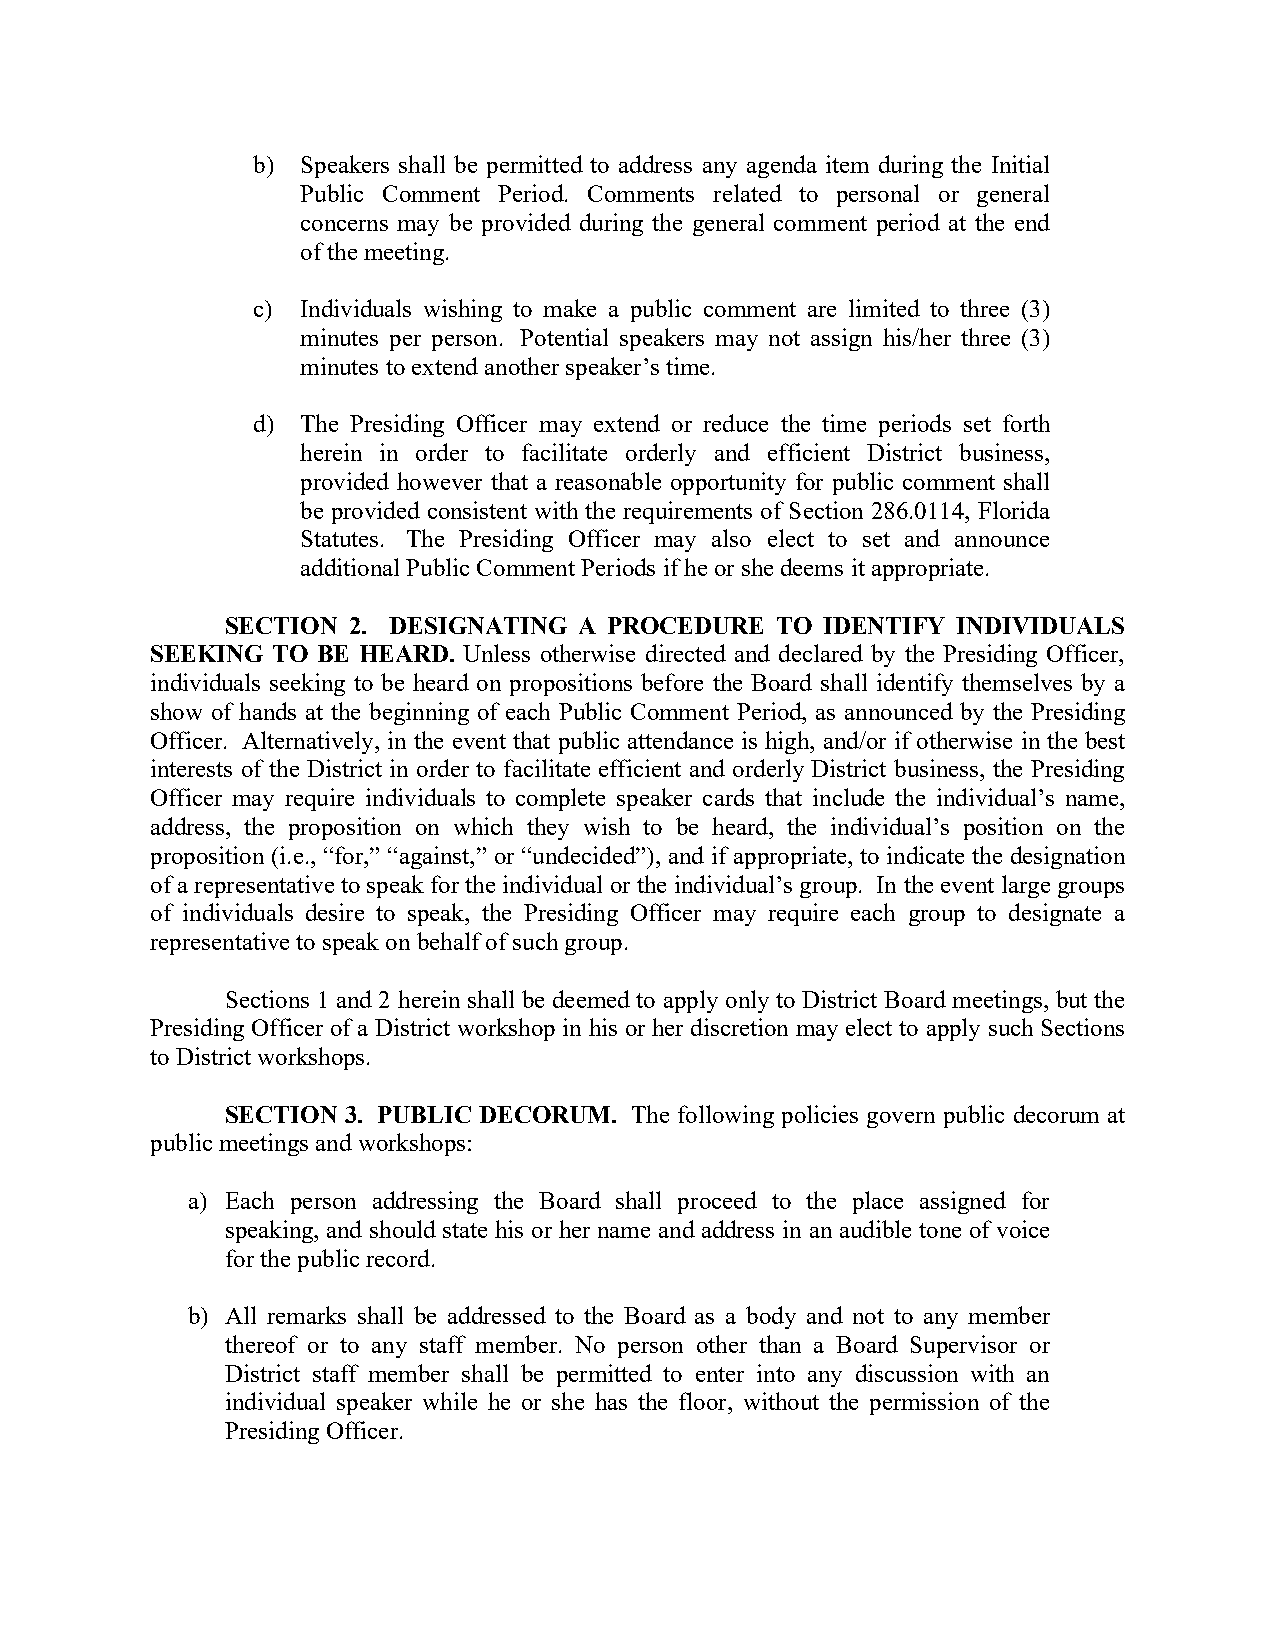
b) Speakers shall be permitted to address any agenda item during the Initial
 Public Comment Period. Comments related to personal or general
 concerns may be provided during the general comment period at the end
 of the meeting.
 c) Individuals wishing to make a public comment are limited to three (3)
 minutes per person. Potential speakers may not assign his/her three (3)
 minutes to extend another speaker’s time.
 d) The Presiding Officer may extend or reduce the time periods set forth
 herein in order to facilitate orderly and efficient District business,
 provided however that a reasonable opportunity for public comment shall
 be provided consistent with the requirements of Section 286.0114, Florida
 Statutes. The Presiding Officer may also elect to set and announce
 additional Public Comment Periods if he or she deems it appropriate.
 SECTION 2. DESIGNATING A PROCEDURE  TO  IDENTIFY INDIVIDUALS
 SEEKING TO BE HEARD. Unless otherwise directed and declared by the Presiding Officer,
 individuals seeking to be heard on propositions before the Board shall identify themselves by a
 show of hands at the beginning of each Public Comment Period, as announced by the Presiding
 Officer. Alternatively, in the event that public attendance is high, and/or if otherwise in the best
 interests of the District in order to facilitate efficient and orderly District business, the Presiding
 Officer may require individuals to complete speaker cards that include the individual’s name,
 address, the proposition on which they wish to be heard, the individual’s position on the
 proposition (i.e., “for,” “against,” or “undecided”), and if appropriate, to indicate the designation
 of a representative to speak for the individual or the individual’s group. In the event large groups
 of individuals desire to speak, the Presiding Officer may require each group to designate a
 representative to speak on behalf of such group.
 Sections 1 and 2 herein shall be deemed to apply only to District Board meetings, but the
 Presiding Officer of a District workshop in his or her discretion may elect to apply such Sections
 to District workshops.
 SECTION 3. PUBLIC DECORUM. The following policies govern public decorum at
 public meetings and workshops:
 a) Each person addressing the Board shall proceed to the place assigned for
 speaking, and should state his or her name and address in an audible tone of voice
 for the public record.
 b) All remarks shall be addressed to the Board as a body and not to any member
 thereof or to any staff member. No person other than a Board Supervisor or
 District staff member shall be permitted to enter into any discussion with an
 individual speaker while he or she has the floor, without the permission of the
 Presiding Officer.